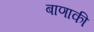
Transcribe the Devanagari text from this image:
बाणाकी